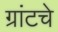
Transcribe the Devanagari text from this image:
ग्रांटचे